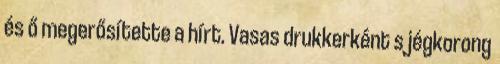
és ő megerősítette a hírt. Vasas drukkerként s jégkorong